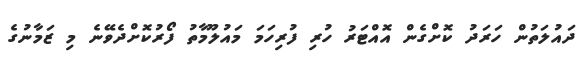
ދައުލަތުން ހަރަދު ކޮށްގެން އޮއްޓަރު ހުރި ފުރިހަމަ މައުލޫމާތު ފޯރުކޮށްދެވޭނެ މި ޒަމާނުގެ